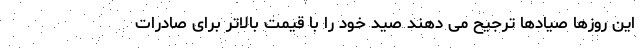
این روزها صیادها ترجیح می دهند صید خود را با قیمت بالاتر برای صادرات